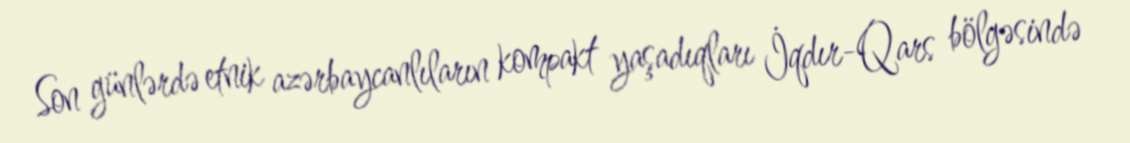
Son günlərdə etnik azərbaycanlıların kompakt yaşadıqları İqdır-Qars bölgəsində